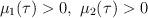
LaTeX: \begin{align*}\mu_1(\tau)>0,~ \mu_2(\tau)>0\end{align*}